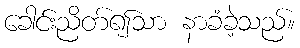
ခေါင်းညိတ်၍သာ နာခံခဲ့သည်။